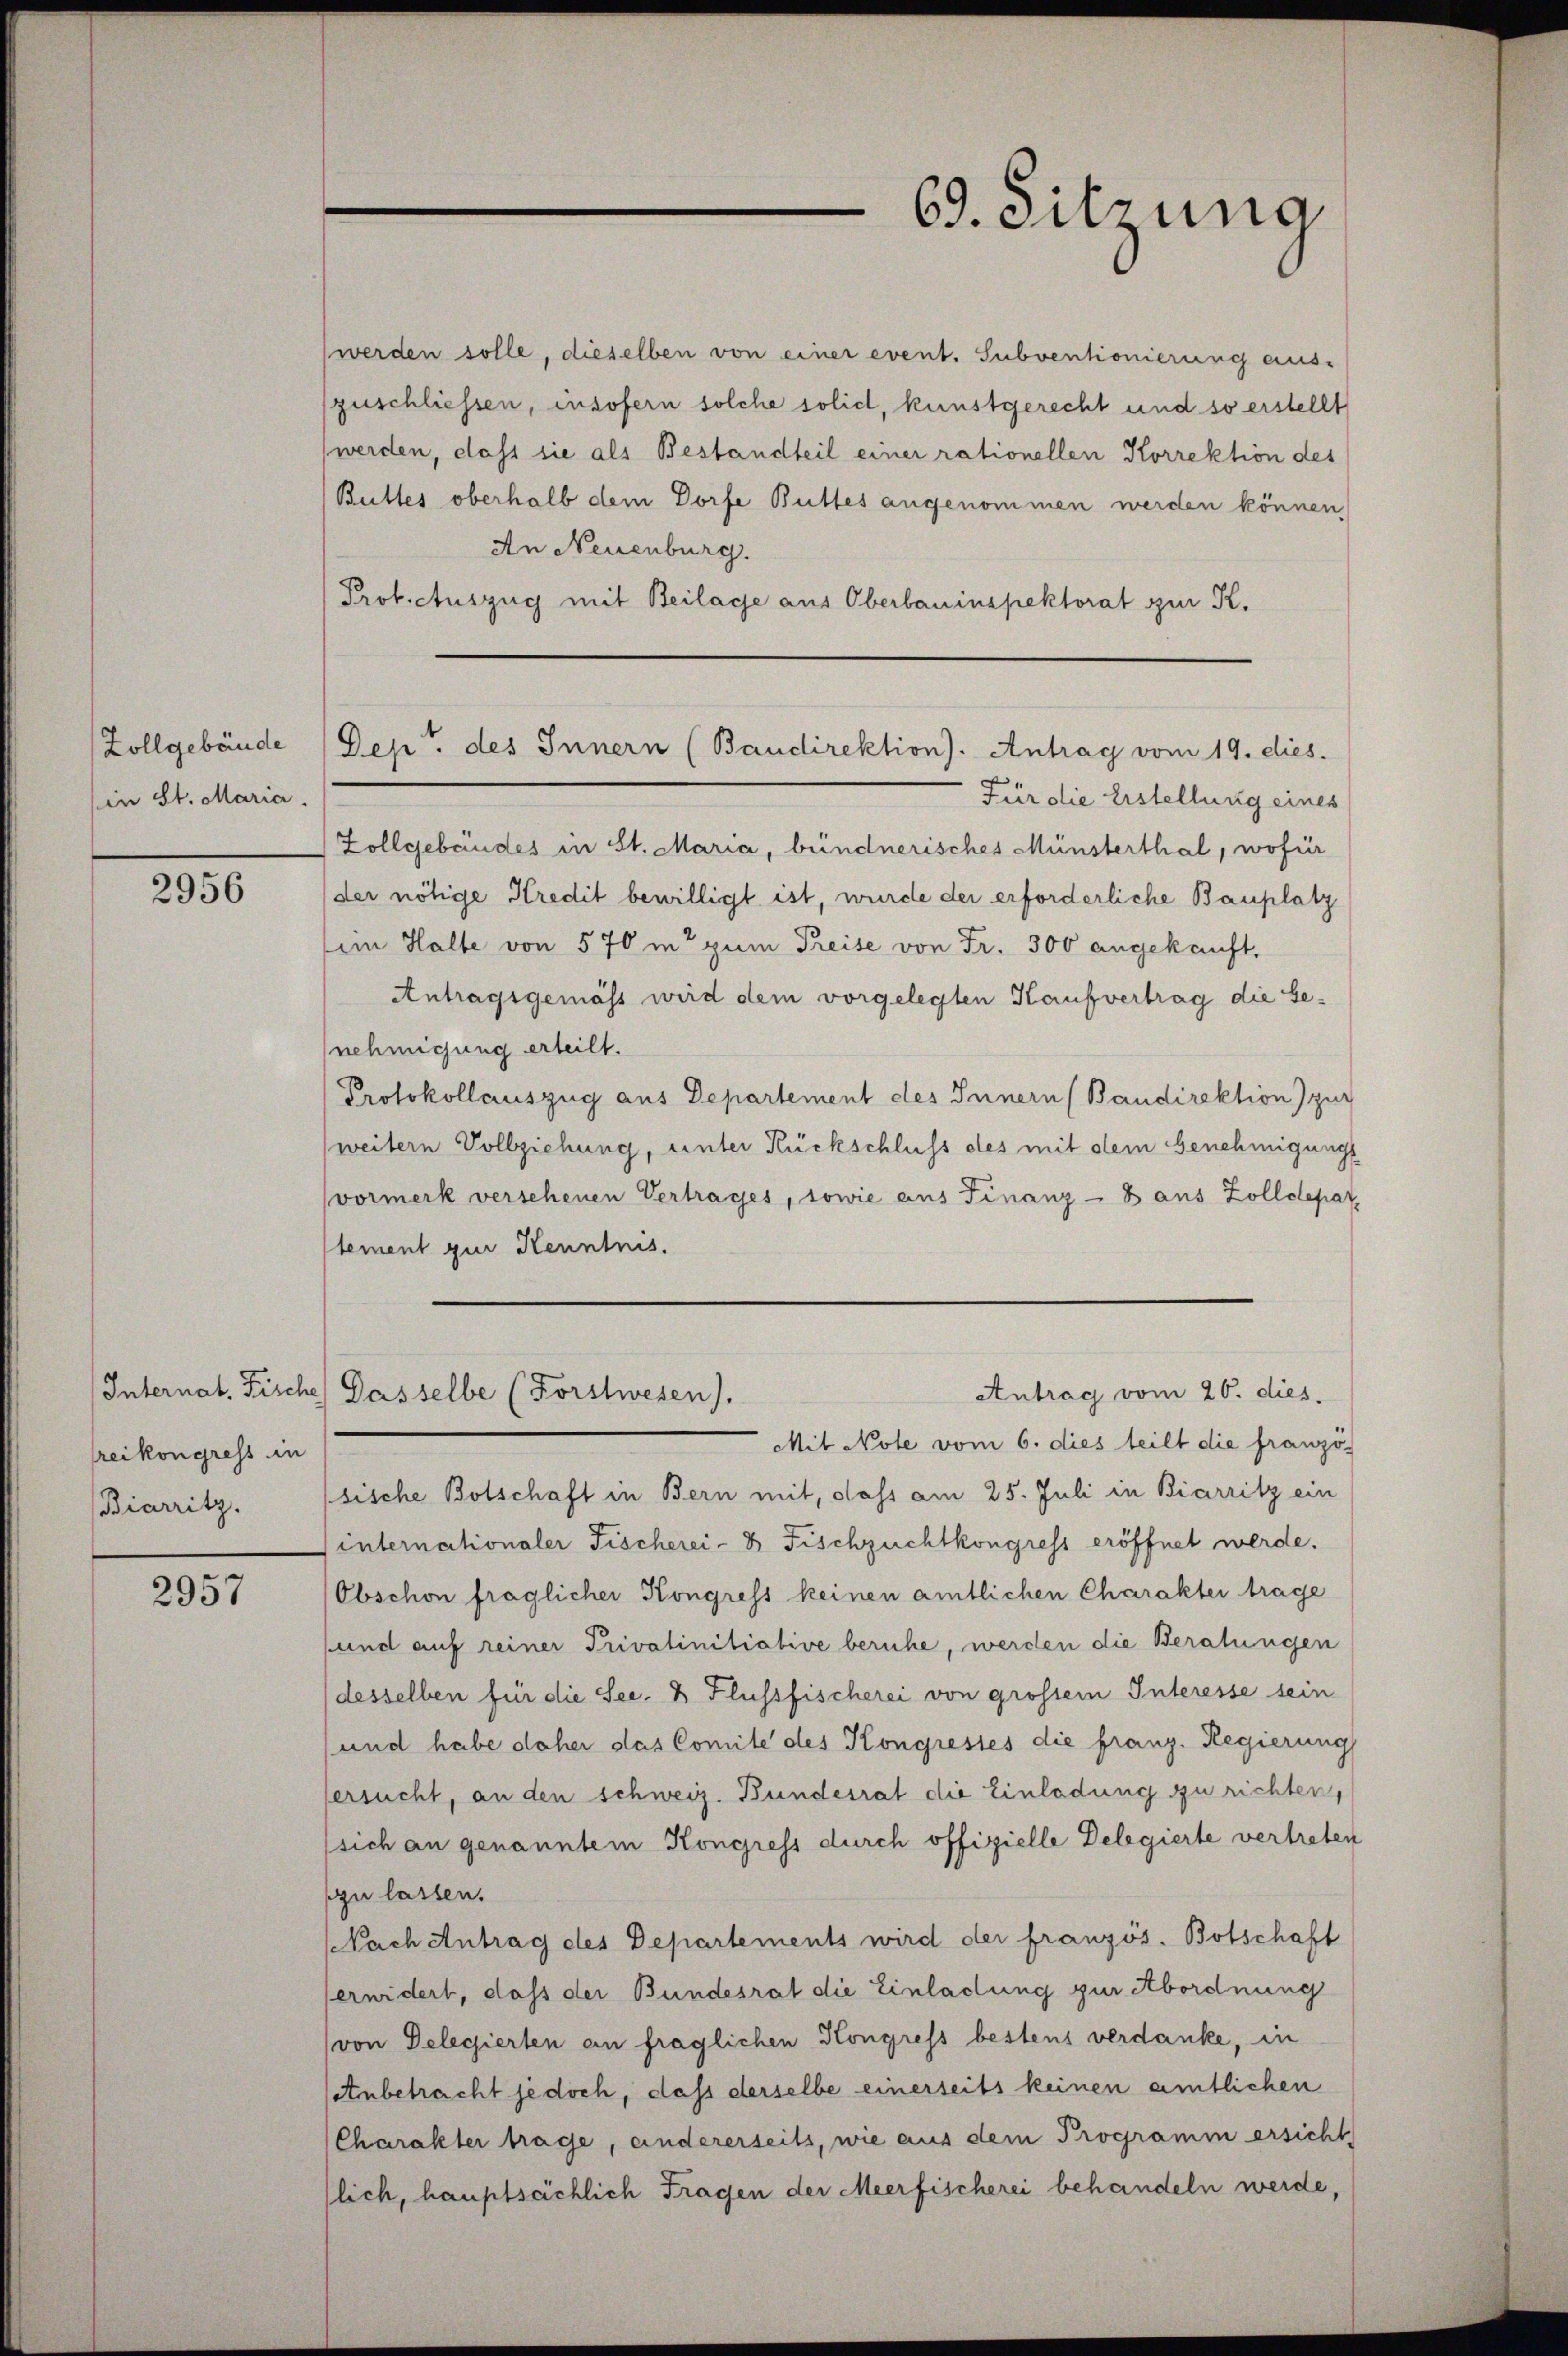
Zollgebäude
(in St. Maria.

2956

Internat. Fische
reikongress in
Biarritz.

2957

werden solle, dieselben von einer event. Subventionierung aus-
zuschliessen, insofern solche solid, kunstgerecht und so erstellt
(werden, dass sie als Bestandteil einer rationellen Korrektion des
Buttes oberhalb dem Dorfe Buttes angenommen werden können,
An Neuenburg.
Protectuszug mit Beilage aus Oberbauinspektorat zur K.
Für die Erstellung eines
Zollgebäudes in St. Maria, bündnerisches Münsterthal, wofür
der nötige Kredit bewilligt ist, wurde der erforderliche Bauplatz
im Halte von 570 in zum Preise von Fr. 300 angekauft,
Antragsgemäss wird dem vorgelegten Kaufvertrag die Genehmigung erteilt.
Protokollauszug aus Departement des Innern (Baudirektion zur
weitern Vollziehung, unter Rückschluss des mit dem Genehmigungs
vormerk versehenen Vertrages, sowie aus Finanz- 8 aus Zolldepar
tement zur Kenntnis.
Antrag vom 26. dies
Dasselbe (Forstwesen).
Mit Note vom 6. dies teilt die französ
sische Botschaft in Bern mit, dass am 25. Juli in Biarritz ein
internationaler Fischerei- 2 Fischzuchtkongress eröffnet werde.
Obschon fraglicher Kongress keinen amtlichen Charakter trage
sund auf reiner Privatinitiative beruhe, werden die Beratungen
desselben für die See- & Flussfischerei von grossem Interesse sein
und habe daher das Comite des Kongrestes die franz. Regierung
ersucht, an den schweiz. Bundesrat die Einladung zu richten,
sich an genanntem Kongress durch offizielle Delegierte vertreten
zu lassen.
Nach Antrag des Departements wird der französ. Botschaft
erwidert, dass der Bundesrat die Einladung zur Abordnung
(von Delegierten an fraglichen Kongress bestens verdanke, in
Anbetracht jedoch, dass derselbe einerseits keinen amtlichen
Charakter trage, andererseits, wie aus dem Programm ersicht
lich, hauptsächlich Fragen der Meerfischerei behandeln werde,

69. Sitzung

Dept. des Innern (Baudirektion). Antrag vom 19. dies